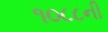
૧૦૮૮ની